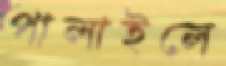
পালাইলে